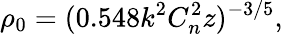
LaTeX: \rho_{0}=(0.548k^{2}C_{n}^{2}z)^{-3/5},